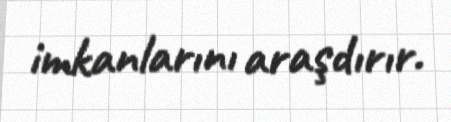
imkanlarını araşdırır.